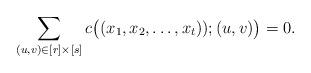
LaTeX: \begin{align*}\sum_{(u,v) \in [r]\times [s]}c\big((x_1, x_2,\ldots, x_t)); (u,v)\big) = 0.\end{align*}